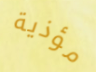
مؤذية